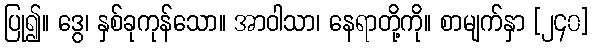
ပြု၍။ ဒွေ၊ နှစ်ခုကုန်သော။ အာဝါသာ၊ နေရာတို့ကို။ စာမျက်နှာ [၂၄၀]